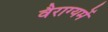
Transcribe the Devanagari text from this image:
वैराग्यमें